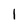
Character: l